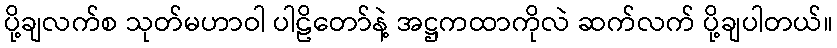
ပို့ချလက်စ သုတ်မဟာဝါ ပါဠိတော်နဲ့ အဋ္ဌကထာကိုလဲ ဆက်လက် ပို့ချပါတယ်။